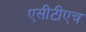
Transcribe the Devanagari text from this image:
एसीटीएच